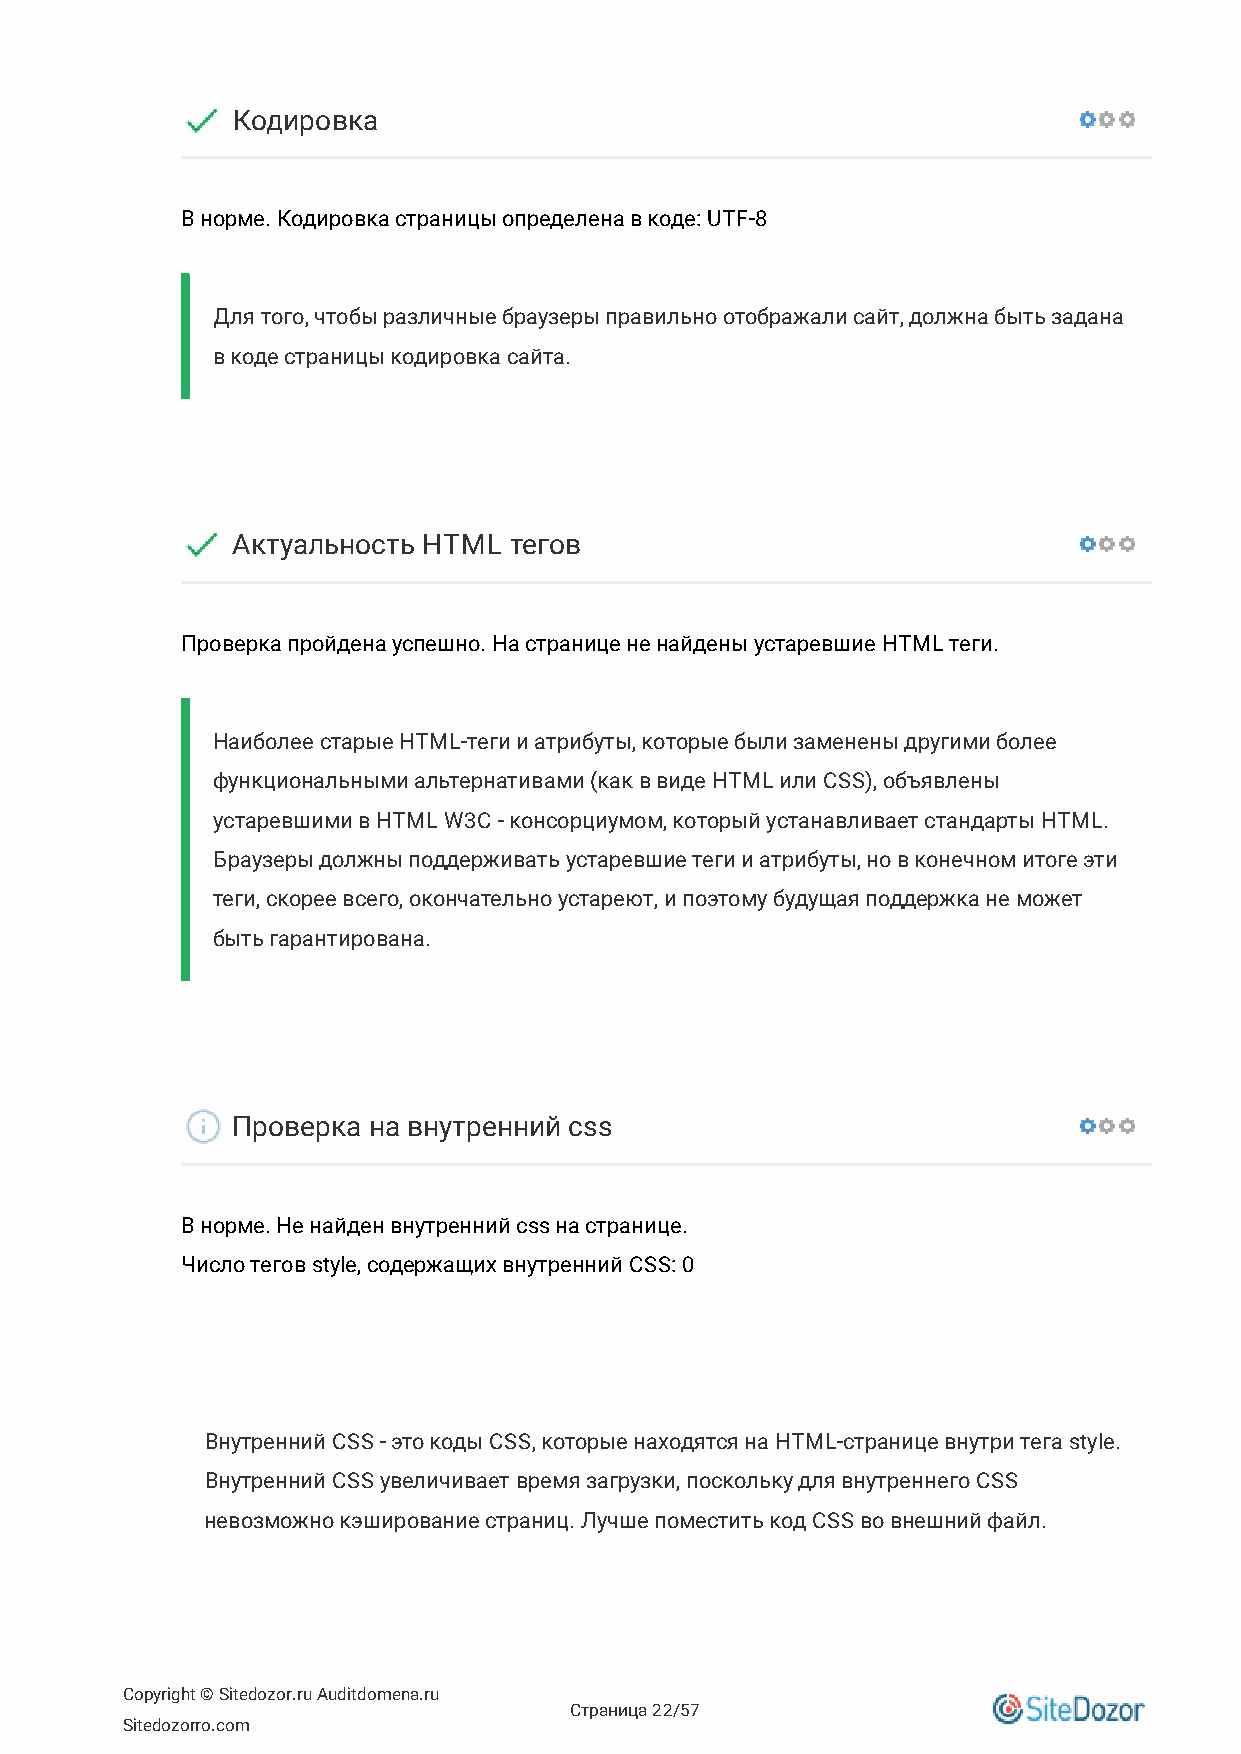
Кодировка
 В норме. Кодировка страницы определена в коде: UTF-8
 Для того, чтобы различные браузеры правильно отображали сайт, должна быть задана
 в коде страницы кодировка сайта.
 Актуальность HTML  тегов
 Проверка пройдена успешно. На странице не найдены устаревшие HTML теги.
 Наиболее старые HTML-теги и атрибуты, которые были заменены другими более
 функциональными альтернативами (как в виде HTML или CSS), объявлены
 устаревшими в HTML W3C - консорциумом, который устанавливает стандарты HTML.
 Браузеры должны поддерживать устаревшие теги и атрибуты, но в конечном итоге эти
 теги, скорее всего, окончательно устареют, и поэтому будущая поддержка не может
 быть гарантирована.
 Проверка на внутренний css
 В норме. Не найден внутренний css на странице.
 Число тегов style, содержащих внутренний CSS: 0
 Внутренний CSS - это коды CSS, которые находятся на HTML-странице внутри тега style.
 Внутренний CSS увеличивает время загрузки, поскольку для внутреннего CSS
 невозможно кэширование страниц. Лучше поместить код CSS во внешний файл.
 Copyright © Sitedozor.ru Auditdomena.ru
 Страница 22/57
 Sitedozorro.com